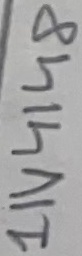
Text: 1N4148